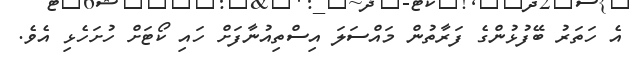
އެ ހަތަރު ބޭފުޅުންގެ ފަރާތުން މައްސަލަ އިސްތިއުނާފަށް ހައި ކޯޓަށް ހުށަހެޅި އެވެ.